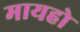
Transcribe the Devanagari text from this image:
मायहो